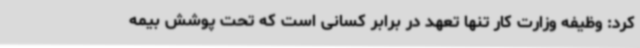
کرد: وظیفه وزارت کار تنها تعهد در برابر کسانی است که تحت پوشش بیمه